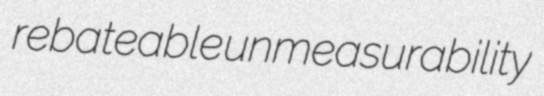
rebateable unmeasurability